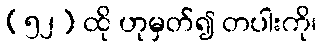
(၅၂) ထို ဟုမှတ်၍ တပါးကို၊